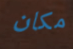
مكان